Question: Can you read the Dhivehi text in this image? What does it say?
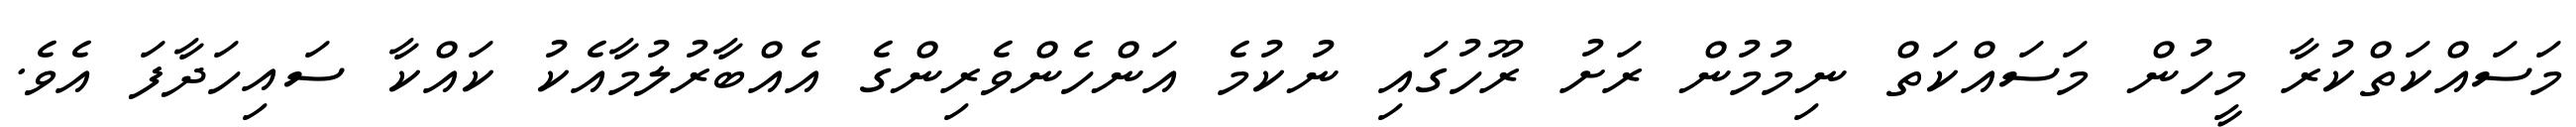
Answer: މަސައްކަތްކުރާ މީހުން މަސައްކަތް ނިމުމުން ރަށު ރޫހުގައި ނުކުމެ އަންހެންވެރިންގެ އެއްބާރުލުމާއެކު ކައްކާ ސައިހަދާފަ އެވެ.